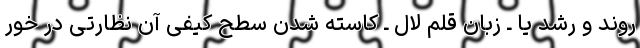
روند و رشد یا ـ زبان قلم لال ـ کاسته شدن سطح کیفی آن نظارتی در خور